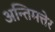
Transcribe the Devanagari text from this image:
अन्तिमत्तेर